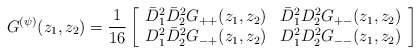
\begin{align*} G^{(\psi)}(z_1,z_2) = \frac{1}{16} \left[ \begin{array}{ll} \bar{D}^2_1\bar{D}^2_2 G_{++}(z_1,z_2) & \bar{D}^2_1 D^2_2 G_{+-}(z_1,z_2)\\ D^2_1\bar{D}^2_2 G_{-+}(z_1,z_2) & D^2_1 D^2_2 G_{--}(z_1,z_2) \end{array} \right]\end{align*}